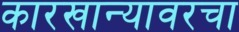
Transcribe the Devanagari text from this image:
कारखान्यावरचा